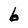
Character: b